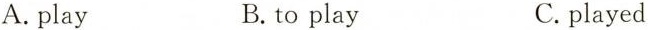
A. play B. to play C. played